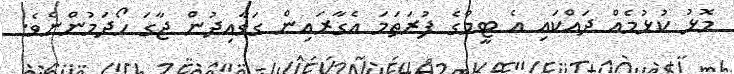
މޮޅު ކުޅުމެއް ދައްކައި އެ ޓީމްގެ ފުރަތަމަ އެގާރައިން ގަވާއިދުން ޖާގަ ހޯދަމުންނެވެ.